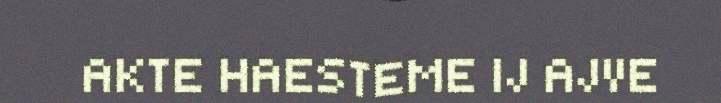
AKTE HAESTEME IJ AJVE